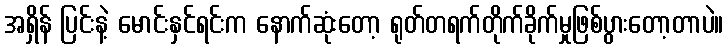
အရှိန် ပြင်းနဲ့ မောင်းနှင်ရင်းက နောက်ဆုံးတော့ ရုတ်တရက်တိုက်ခိုက်မှုဖြစ်ပွားတော့တာပဲ။